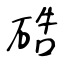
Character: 硞